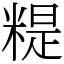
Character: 䊓